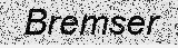
Bremser